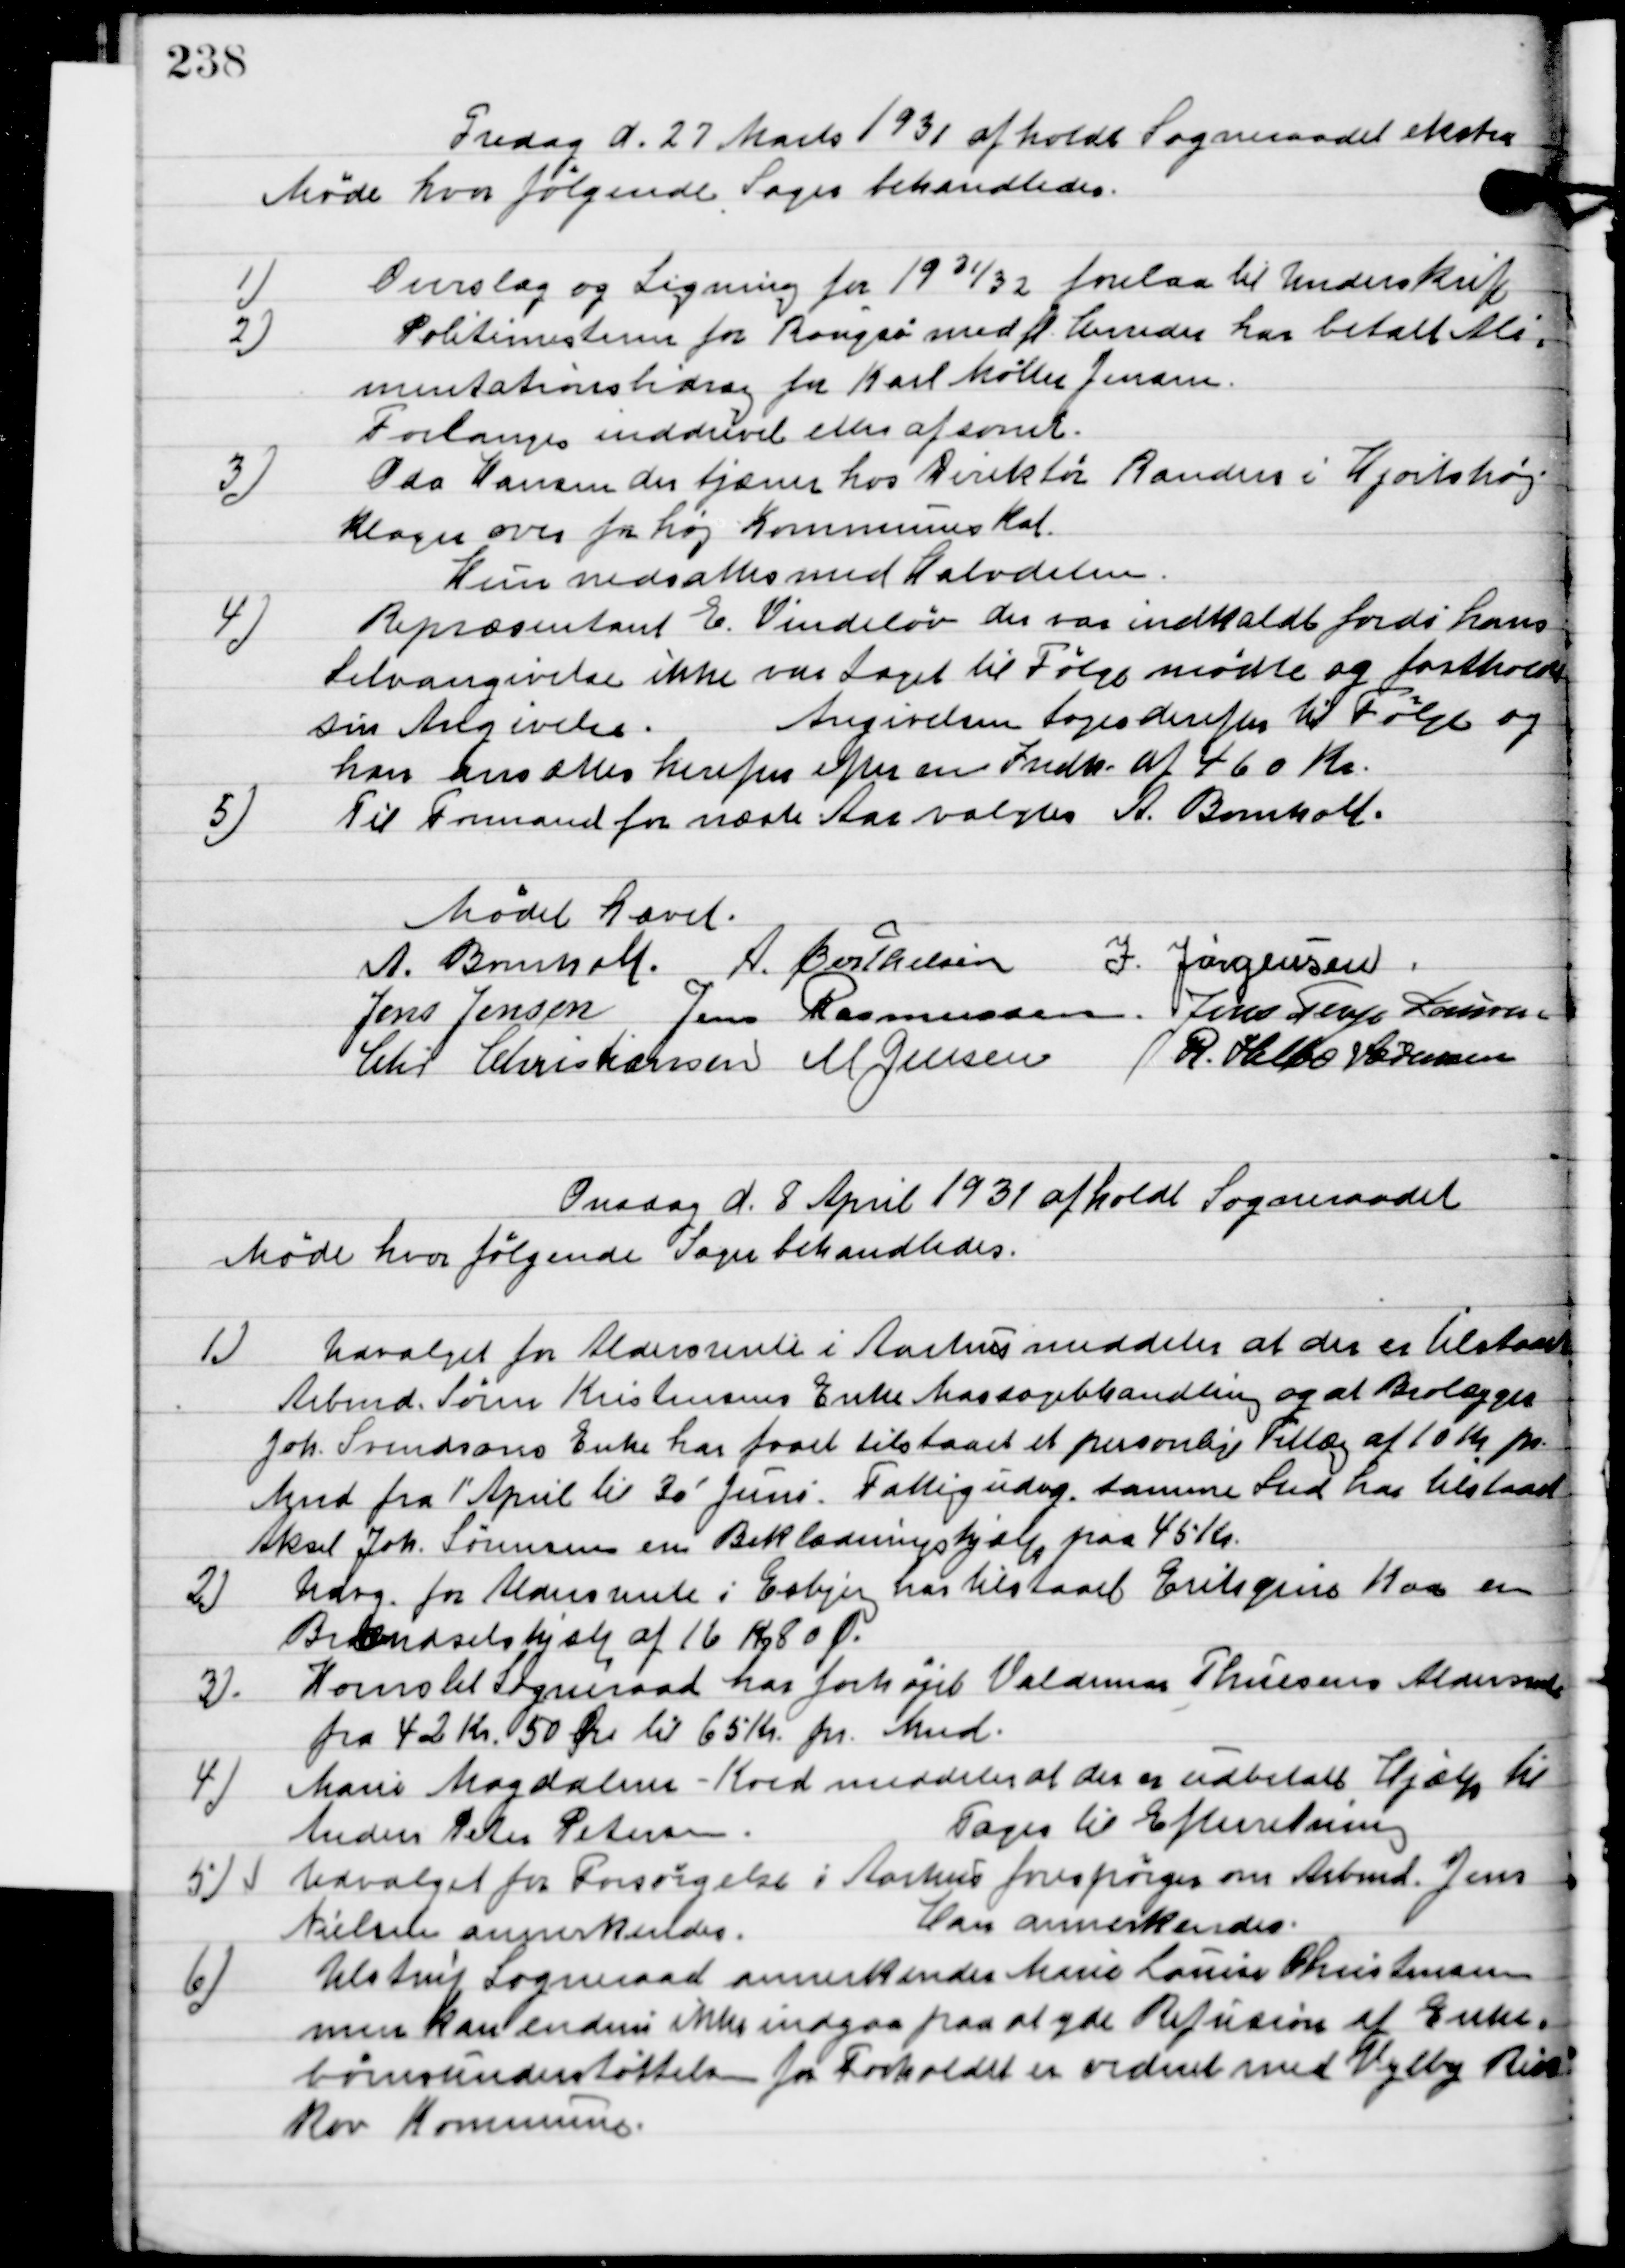
Transskription:
fredag d. 27. Marts 1931 afholdt Sogneraadet ekstra
Møde hvor følgende sager behandledes.

1

Overslag og Ligning for 1931/32 forelaa til Underskrift.

2

Politimesteren for Rougsø med fl. Herreders har betalt Ali-
mentationsbidrag for Karl Møller Jensen.
Forlanges inddrevet eller afsonet.

3

Ida Hansen der tjæner hos Direktør Randers i Hjortshøj
klager over for høj Kommuneskat.
Hun nedsattes med halvdelen.

4

Repræsentant E. Windeløv der var indkaldt fordi hans
selvangivelse ikke var taget til følge mødte og fastholdt
sin Angivelse.
Angivelsen toges derefter til Følge og
ansattes herpaa efter en Indk. Af 460 Kr.

5

Til formand for næste Aars valgtes A. Bomholt.

Mødet hævet.

A. Bomholt
A. Berthelsen
I. Jørgensen
Jens Jensen
Jens Rasmussen
Jens Terp Laursen
Chr. Christiansen
M. Jensen
R. Helbo Sørensen

Onsdag d. 8 April 1931 afholdt Sogneraadet
Møde hvor følgende sager behandledes.

1

Udvalget for Aldersrente i Aarhus meddeler at der er tilstaaet
Arbmd. Søren Kristensens Enke Massagebehandling og at bilægges
Joh. Svendsens Enke har faaet tilstaaet et personligt Tillæg af 10 Kr. pr.
Mnd. Fra 1´April til 30´Juni. Fattigudv. samme Snd har tilstaaet
Aksel Joh. Sørensen en Beklædningshjælp paa 45 Kr.

2.

Udvalg for Aldersrente i Esbjerg har tilstaaet Erik Gnis Kaa en
Brændselshjælp af 16 Kr. 80 Øre.

3.

Hornslet Sogneraad har forhøjet Valdemars Thuesens Aldersrente
fra 42 Kr. 50 Øre til 65 Kr. pr. Mdr.

4.

Marie Magdalene-Koed meddeler at er er udbetalt Hjælp til
Anders Peter Petersen.
Tages til Efterretning.

5

Udvalget for forsørgelse i Aarhus forespørger om Arbmd. Jens
Nielsen annerkendes.
Han annerkendes.

6.

Ulstrup Sogneraad annerkender Marie Louise Christensen
men kan endnu ikke indgaa paa at yde Refusion af Enke
 børneunderstøttelsen for forholdet er ordnet med Vejlby Ris-
skov Kommune.